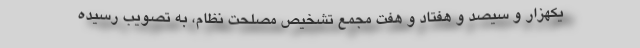
یکهزار و سیصد و هفتاد و هفت مجمع تشخیص مصلحت نظام، به تصویب رسیده